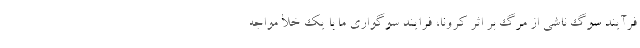
فرآیند سوگ ناشی از مرگ بر اثر کرونا، فرایند سوگواری ما با یک خلأ مواجه